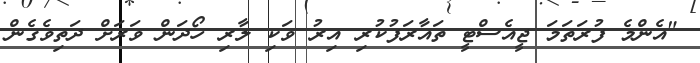
"އެންމެ ފުރަތަމަ ޖީއެސްޓީ ތައާރަފުކުރި އިރު ވަކި ލާރި ހޯދަން ވަރަށް ދަތިވެގެން